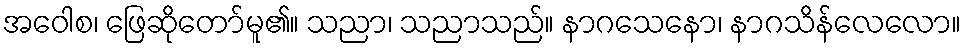
အဝေါစ၊ ဖြေဆိုတော်မူ၏။ သညာ၊ သညာသည်။ နာဂသေနော၊ နာဂသိန်လေလော။